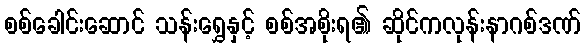
စစ်ခေါင်းဆောင် သန်းရွှေနှင့် စစ်အစိုးရ၏ ဆိုင်ကလုန်းနာဂစ်ဒဏ်